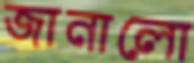
জানালো